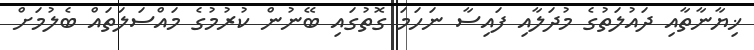
ޚިޔާނާތާއި ދައުލަތުގެ މުދަލާއި ފައިސާ ނަހަމަ ގޮތުގައި ބޭނުން ކުރުމުގެ މައްސަލަތައް ބެލުމަށް